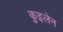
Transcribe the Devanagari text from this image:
कुइलेन